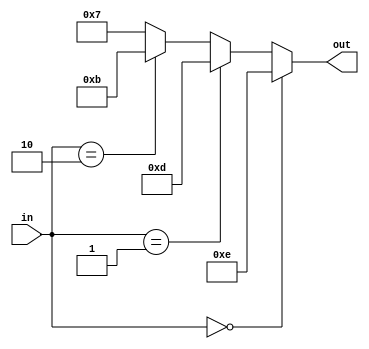
module decoder2x4 (in, out);

output reg [3:0]out;
input [1:0] in;


always@(in)begin
if (in==2'b00)
 out=4'b1110;
else if (in==2'b01)
out=4'b1101;
else if(in==2'b10) 
out=4'b1011;
else
out=4'b0111;

end

endmodule